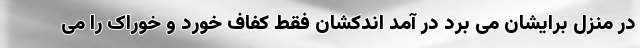
در منزل برایشان می برد در آمد اندکشان فقط کفاف خورد و خوراک را می